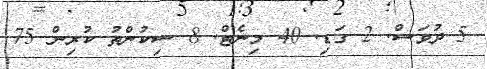
5 ދުވަސް